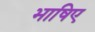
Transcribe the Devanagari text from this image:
भाषिए